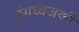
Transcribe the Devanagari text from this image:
तुंगध्वजकी